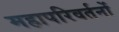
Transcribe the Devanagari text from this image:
महापरिवर्तनों